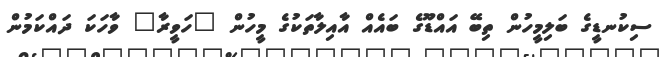
ސިކުނޑީގެ ބަލިމީހުން ތިބޭ އައްޑޫގެ ބައެއް އާއިލާތަކުގެ މީހުން "ހަވީރާ" ވާހަކަ ދައްކަމުން